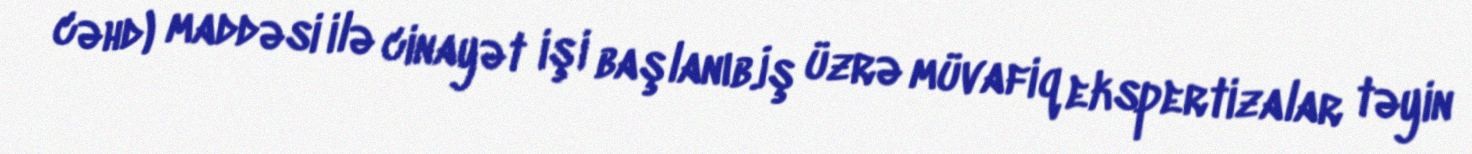
cəhd) maddəsi ilə cinayət işi başlanıb.İş üzrə müvafiq ekspertizalar təyin